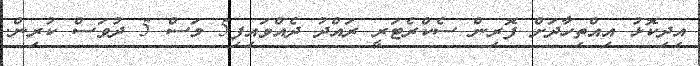
އިދިކޮޅު އިއްތިހާދަށް ފޮރިން ސެކްރެޓަރީ ރައްދު ދެއްވައިފި5 މަސް 5 ދުވަސް ކުރިން.